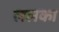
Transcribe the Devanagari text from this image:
ललका